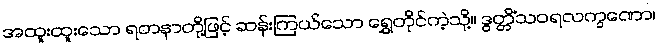
အထူးထူးသော ရတနာတို့ဖြင့် ဆန်းကြယ်သော ရွှေတိုင်ကဲ့သို့။ ဒွတ္တိံသဝရလက္ခဏော၊